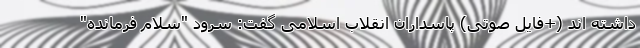
داشته اند (+فایل صوتی) پاسداران انقلاب اسلامی گفت: سرود "سلام فرمانده"